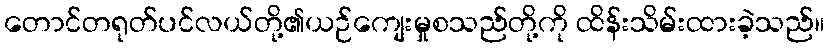
တောင်တရုတ်ပင်လယ်တို့၏ယဉ်ကျေးမှုစသည်တို့ကို ထိန်းသိမ်းထားခဲ့သည်။